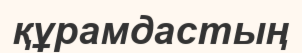
құрамдастың